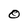
Character: O